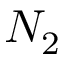
N _ { 2 }